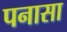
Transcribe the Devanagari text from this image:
पनासा